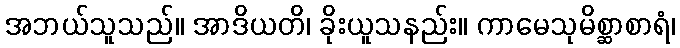
အဘယ်သူသည်။ အာဒိယတိ၊ ခိုးယူသနည်း။ ကာမေသုမိစ္ဆာစာရံ၊